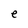
Character: e